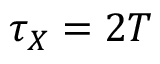
\tau _ { X } = 2 T